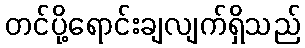
တင်ပို့ရောင်းချလျက်ရှိသည်